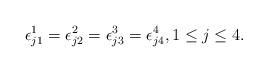
LaTeX: \begin{align*}\epsilon^1_{j1}=\epsilon^2_{j2}=\epsilon^3_{j3}=\epsilon^4_{j4}, 1\leq j\leq 4.\end{align*}